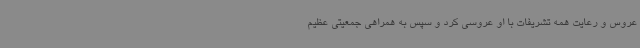
عروس و رعایت همه تشریفات با او عروسی کرد و سپس به همراهی جمعیتی عظیم